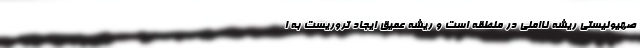
صهیونیستی ریشه ناامنی در منطقه است و ریشه عمیق ایجاد تروریست به ا